画像に写った文字を読んでください
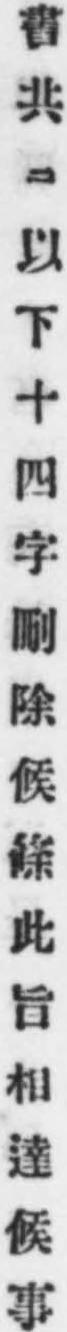
「書共ニ以下十四字刪除候條此旨相達候事」と書いてあります